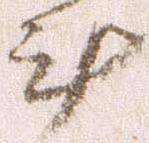
計